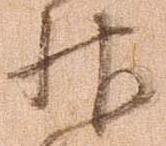
神